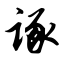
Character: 诼